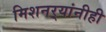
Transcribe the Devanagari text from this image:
मिशनर्‍यांनीही